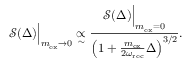
\mathcal { S } ( \Delta ) \Big | _ { m _ { \mathrm { e x } } \rightarrow 0 } \underset { \sim } { \propto } \frac { \mathcal { S } ( \Delta ) \Big | _ { m _ { \mathrm { e x } } = 0 } } { \left( 1 + \frac { m _ { \mathrm { e x } } } { 2 \omega _ { \mathrm { r e c } } } \Delta \right) ^ { 3 / 2 } } .